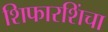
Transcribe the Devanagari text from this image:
शिफारशिंचा